Triennial report on the lunatic asylums in the province of Eastern Bengal and Assam - 1903-1911
Year: 1903
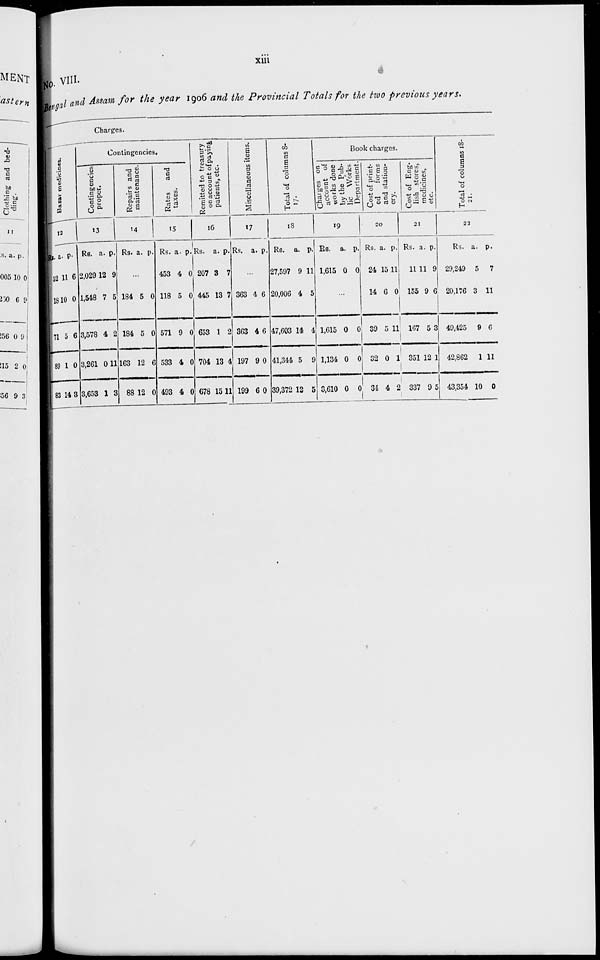
xiii
No. VIII.
Bangal and Assam for the year 1906 and the Provincial Totals for the two previous years.
Charges.
Bazar medicines.
12
Rs.
52
18
71
89
83
a.
11
10
5
1
14
p.
6
0
6
0
3
Contingencies.
Contingencies
proper.
13
Rs.
2,029
1,548
3,578
3,261
3,653
a.
12
7
4
0
1
p.
9
5
2
11
3
Repairs and
maintenance.
14
Rs. a. p.
...
184
184
163
88
5
5
12
12
0
0
6
0
Rates
and
taxes.
15
Rs.
453
118
571
533
493
a.
4
5
9
4
4
p.
0
0
0
0
0
Remitted to treasury
on account of paying
patients, etc.
16
Rs.
207
445
653
704
678
a.
3
13
1
13
15
p.
7
7
2
4
11
Miscellaneous items.
17
Rs. a. p.
...
363
363
197
199
4
4
9
6
6
6
0
0
Total of columns 8-
17.
18
Rs.
27,597
20,006
47,603
41,344
39,372
a.
9
4
14
5
12
p.
11
5
4
9
5
Book charges.
Charges on
account of
works done
by the Pub-
lic Works
Department.
19
Rs.
1,615
a.
0
p.
0
...
1,615
1,134
3,610
0
0
0
0
0
0
Cost of print-
ed
forms
and station-
ery.
20
Rs.
24
14
39
32
34
a.
15
6
5
0
4
p.
11
0
11
1
2
Cost of Eng-
lish stores,
medicines,
etc.
21
Rs.
11
155
167
351
337
a.
11
9
5
12
9
p.
9
6
3
1
5
Total of columns 18-
21.
22
Rs.
29,249
20,176
49,425
42,862
43,354
a.
5
3
9
1
10
p.
7
11
6
11
0